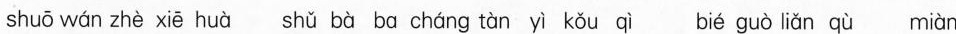
shuō wán zhè xiē huà shǔ bà ba cháng tàn yì kǒu qì bié guò liǎn qù miàn